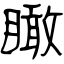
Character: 瞰